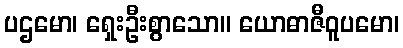
ပဌမော၊ ရှေးဦးစွာသော။ ယောဓာဇီဝူပမော၊